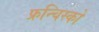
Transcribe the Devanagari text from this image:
फ्रन्चिस्को